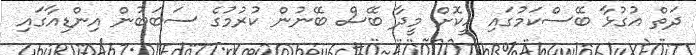
ދަތް އުގުޅާ ބޭސްކަމުގައި ހީކޮށް މީދާ ބޭސް ބޭނުން ކުރުމުގެ ސަބަބުން އިންޑިއާގައި